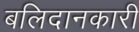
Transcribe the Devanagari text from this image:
बलिदानकारी